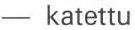
- katettu